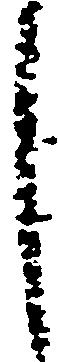
言